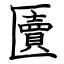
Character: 匵